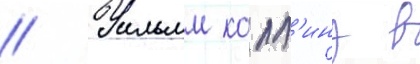
// Уильям колл'инз в